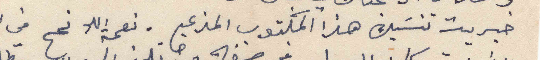
خبريت تنسيك هذا المكتوب المزعج . نعمة اللا نجح في